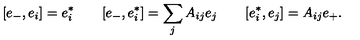
[ e _ { - } , e _ { i } ] = e _ { i } ^ { * } \qquad [ e _ { - } , e _ { i } ^ { * } ] = \sum _ { j } A _ { i j } e _ { j } \qquad [ e _ { i } ^ { * } , e _ { j } ] = A _ { i j } e _ { + } .